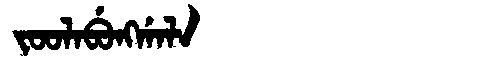
Manchu: ᠵᠣᠣᠯᠠᠪᡠᠩᡤᠠᠯᠠ
Romanization: JOOLABUNGGALA